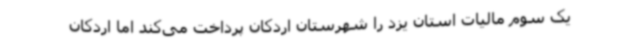
یک سوم مالیات استان یزد را شهرستان اردکان پرداخت می‌کند اما اردکان